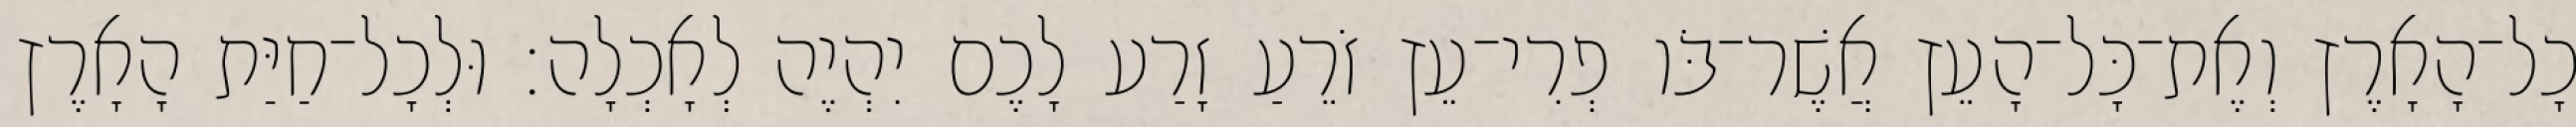
כָל־הָאָרֶץ וְאֶת־כָּל־הָעֵץ אֲשֶׁר־בֹּו פְרִי־עֵץ זֹרֵעַ זָרַע לָכֶם יִהְיֶה לְאָכְלָה׃ וּלְכָל־חַיַּת הָאָרֶץ